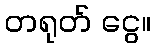
တရုတ် ငွေ။